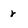
Character: r